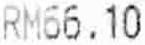
RM66.10